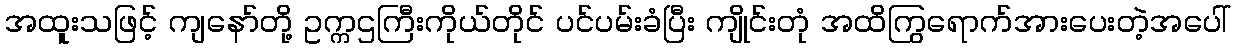
အထူးသဖြင့် ကျနော်တို့ ဥက္ကဌကြီးကိုယ်တိုင် ပင်ပမ်းခံပြီး ကျိုင်းတုံ အထိကြွရောက်အားပေးတဲ့အပေါ်